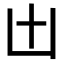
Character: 𠙷